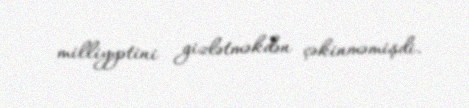
milliyyətini gizlətməkdən çəkinməmişdi.